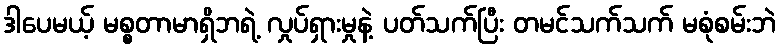
ဒါပေမယ့် မစ္စတာမာရှိဘရဲ့ လှုပ်ရှားမှုနဲ့ ပတ်သက်ပြီး တမင်သက်သက် မစုံစမ်းဘဲ